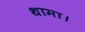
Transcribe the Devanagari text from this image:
थामा।